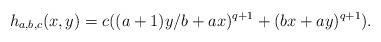
LaTeX: \begin{align*}h_{a,b,c}(x,y) = c ((a+1)y/b + ax)^{q+1} + (bx + ay)^{q+1}).\end{align*}